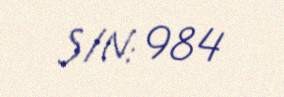
S/N: 984